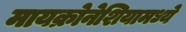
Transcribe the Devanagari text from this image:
मायक्रोनेशियामध्ये